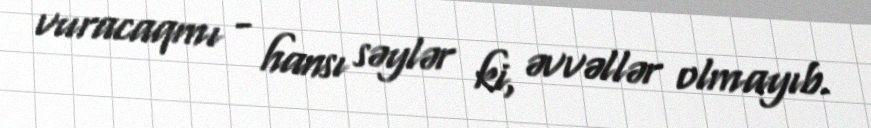
vuracaqmı - hansı səylər ki, əvvəllər olmayıb.